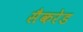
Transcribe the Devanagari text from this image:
सैकरेड